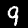
Digit: 9